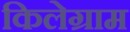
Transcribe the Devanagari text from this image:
किलेग्राम